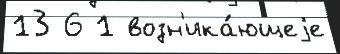
13 6 1 возн'ика́ющеjе